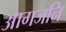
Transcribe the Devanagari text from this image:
आगजनि